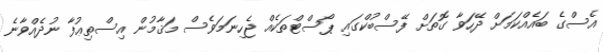
އެސްގެ ބައެއްކަމަށް ދޭހަވާ ގޮތަށް ފޭސްބުކްގައި ޕޯސްޓްތަކެއް ޖެހިނަމަވެސް މަޤާމުން އިސްތިޢުފާ ނުދެއްވާނެ